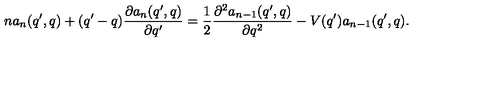
n a _ { n } ( q ^ { \prime } , q ) + ( q ^ { \prime } - q ) \frac { \partial a _ { n } ( q ^ { \prime } , q ) } { \partial q ^ { \prime } } = \frac { 1 } { 2 } \frac { \partial ^ { 2 } a _ { n - 1 } ( q ^ { \prime } , q ) } { \partial q ^ { 2 } } - V ( q ^ { \prime } ) a _ { n - 1 } ( q ^ { \prime } , q ) .